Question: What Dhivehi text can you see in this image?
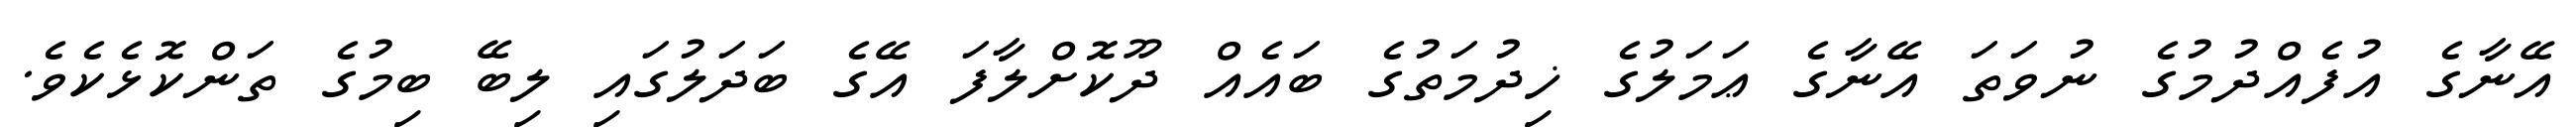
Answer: އޭނާގެ އުފެއްދުމުގެ ނުވަތަ އޭނާގެ ޢަމަލުގެ ޚިދުމަތުގެ ބައެއް ދޫކޮށްލާފަ އޭގެ ބަދަލުގައި ލިބޭ ބިމުގެ ތަންކޮޅެކެވެ.